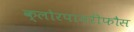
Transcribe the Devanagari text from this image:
क्लोरपायरीफौस